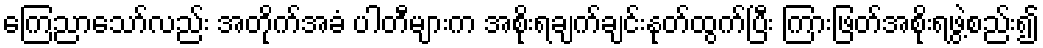
ကြေညာသော်လည်း အတိုက်အခံ ပါတီများက အစိုးရချက်ချင်းနုတ်ထွက်ပြီး ကြားဖြတ်အစိုးရဖွဲ့စည်း၍